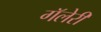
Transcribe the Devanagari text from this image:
गॅलेरी